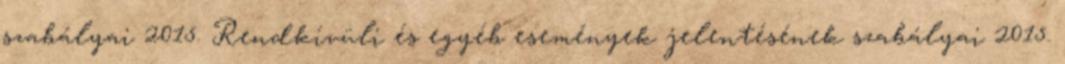
szabályai 2015. Rendkívüli és egyéb események jelentésének szabályai 2015.